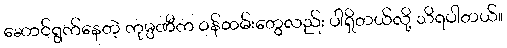
ဆောင်ရွက်နေတဲ့ ကုမ္ပဏီက ဝန်ထမ်းတွေလည်း ပါရှိတယ်လို့ သိရပါတယ်။